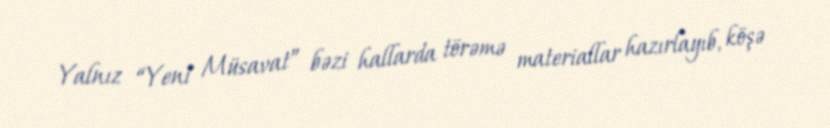
Yalnız “Yeni Müsavat” bəzi hallarda törəmə materiallar hazırlayıb, köşə